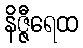
နိဇ္ဇီရေထ